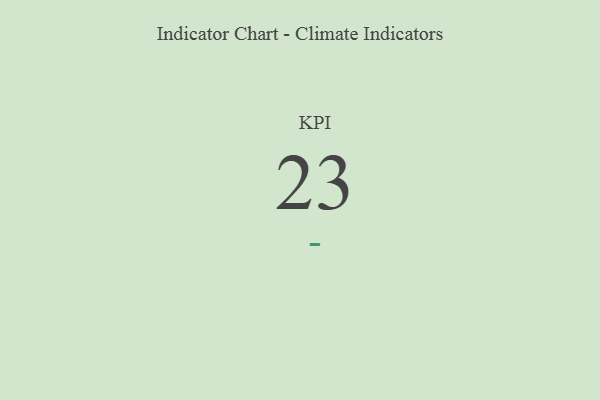
{"axis": {"x": "KPI", "y": "Value"}, "legend": [""], "data": [{"x": "KPI", "y": 23, "type": ""}]}